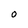
Character: O